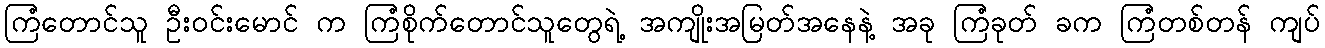
ကြံတောင်သူ ဦးဝင်းမောင် က ကြံစိုက်တောင်သူတွေရဲ့ အကျိုးအမြတ်အနေနဲ့ အခု ကြံခုတ် ခက ကြံတစ်တန် ကျပ်